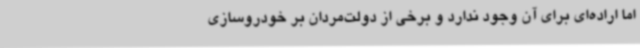
اما اراده‌ای برای آن وجود ندارد و برخی از دولت‌مردان بر خودروسازی